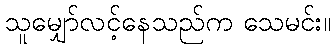
သူမျှော်လင့်နေသည်က သေမင်း။